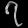
Digit: ၇